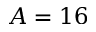
A = 1 6